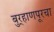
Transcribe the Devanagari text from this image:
बुर्‍हाणपूरचा